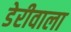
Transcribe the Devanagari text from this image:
डेरीवाला